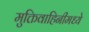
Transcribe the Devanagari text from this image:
मुक्तिवाहिनीमध्ये